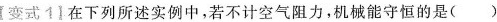
【变式11在下列所述实例中，若不计空气阻力，机械能守恒的是( )